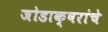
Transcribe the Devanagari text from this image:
जोडाक्षरांचे